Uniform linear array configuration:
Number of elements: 24
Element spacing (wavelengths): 0.25
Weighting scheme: hann
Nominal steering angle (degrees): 0
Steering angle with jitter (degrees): -1.144
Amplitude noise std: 0.05
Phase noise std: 0.05

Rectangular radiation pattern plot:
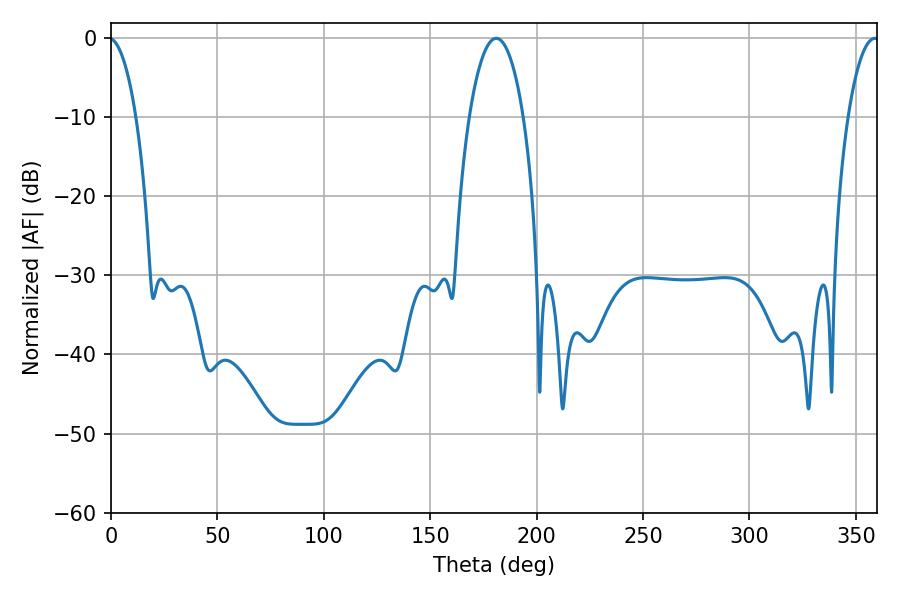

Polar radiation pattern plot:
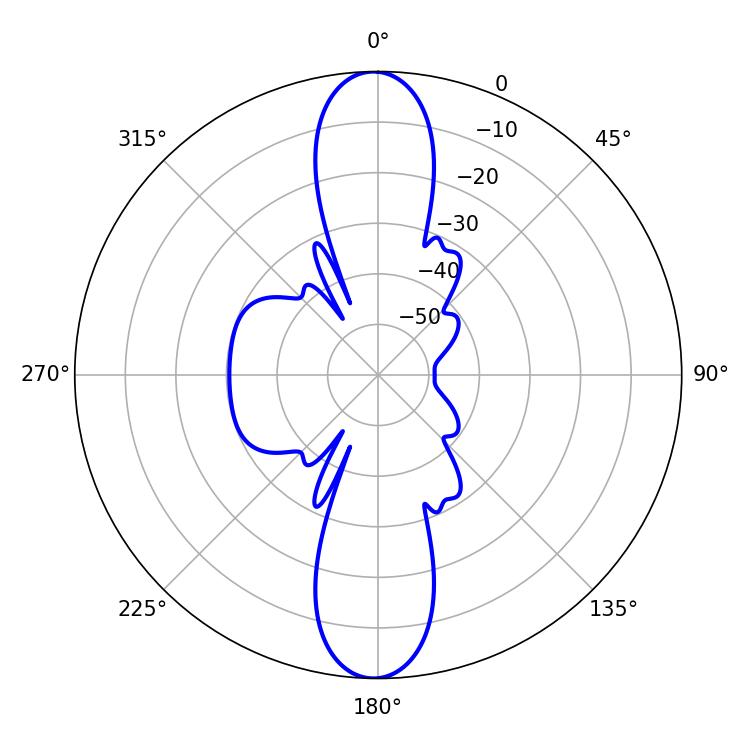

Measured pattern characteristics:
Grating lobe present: FALSE
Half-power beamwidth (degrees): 14.22
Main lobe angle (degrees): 181.08